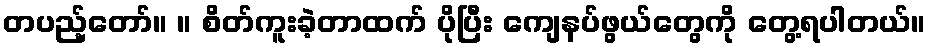
တပည့်တော်။ ။ စိတ်ကူးခဲ့တာထက် ပိုပြီး ကျေနပ်ဖွယ်တွေကို တွေ့ရပါတယ်။